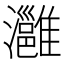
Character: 灉